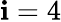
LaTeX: \mathbf{i}=4